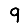
Digit: 9